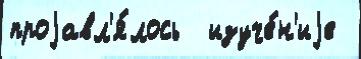
проjавл'я́лось  изуче́н'иjе